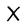
Character: X